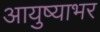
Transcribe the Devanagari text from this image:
आयुष्याभर